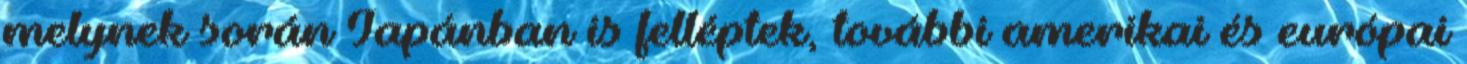
melynek során Japánban is felléptek, további amerikai és európai